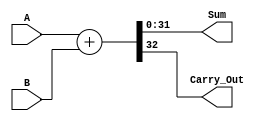
// This program was cloned from: https://github.com/theuppercaseguy/FYP--Risc-V-32-bit-Matrix-Mac
// License: GNU General Public License v3.0

`timescale 1ns / 1ps
//////////////////////////////////////////////////////////////////////////////////
// Company: 
// Engineer: 
// 
// Design Name: 
// Module Name: Adder
// Project Name: 
// Target Devices: 
// Tool Versions: 
// Description: 
// 
// Dependencies: 
// 
// Revision:
// Revision 0.01 - File Created
// Additional Comments:
// 
//////////////////////////////////////////////////////////////////////////////////


module Adder(
        input [31:0] A, B,
        output [31:0] Sum,
        output Carry_Out
    );
    
    assign {Carry_Out, Sum } = A + B;
    
endmodule